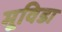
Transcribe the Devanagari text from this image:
मूविडा